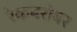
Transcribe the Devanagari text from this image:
रेकबरोबर